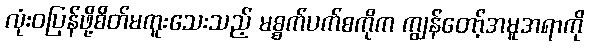
လုံးဝပြန်ဖို့စိတ်မကူးသေးသည့် မစ္စက်ပက်စကိုက ကျွန်တော့်အမူအရာကို